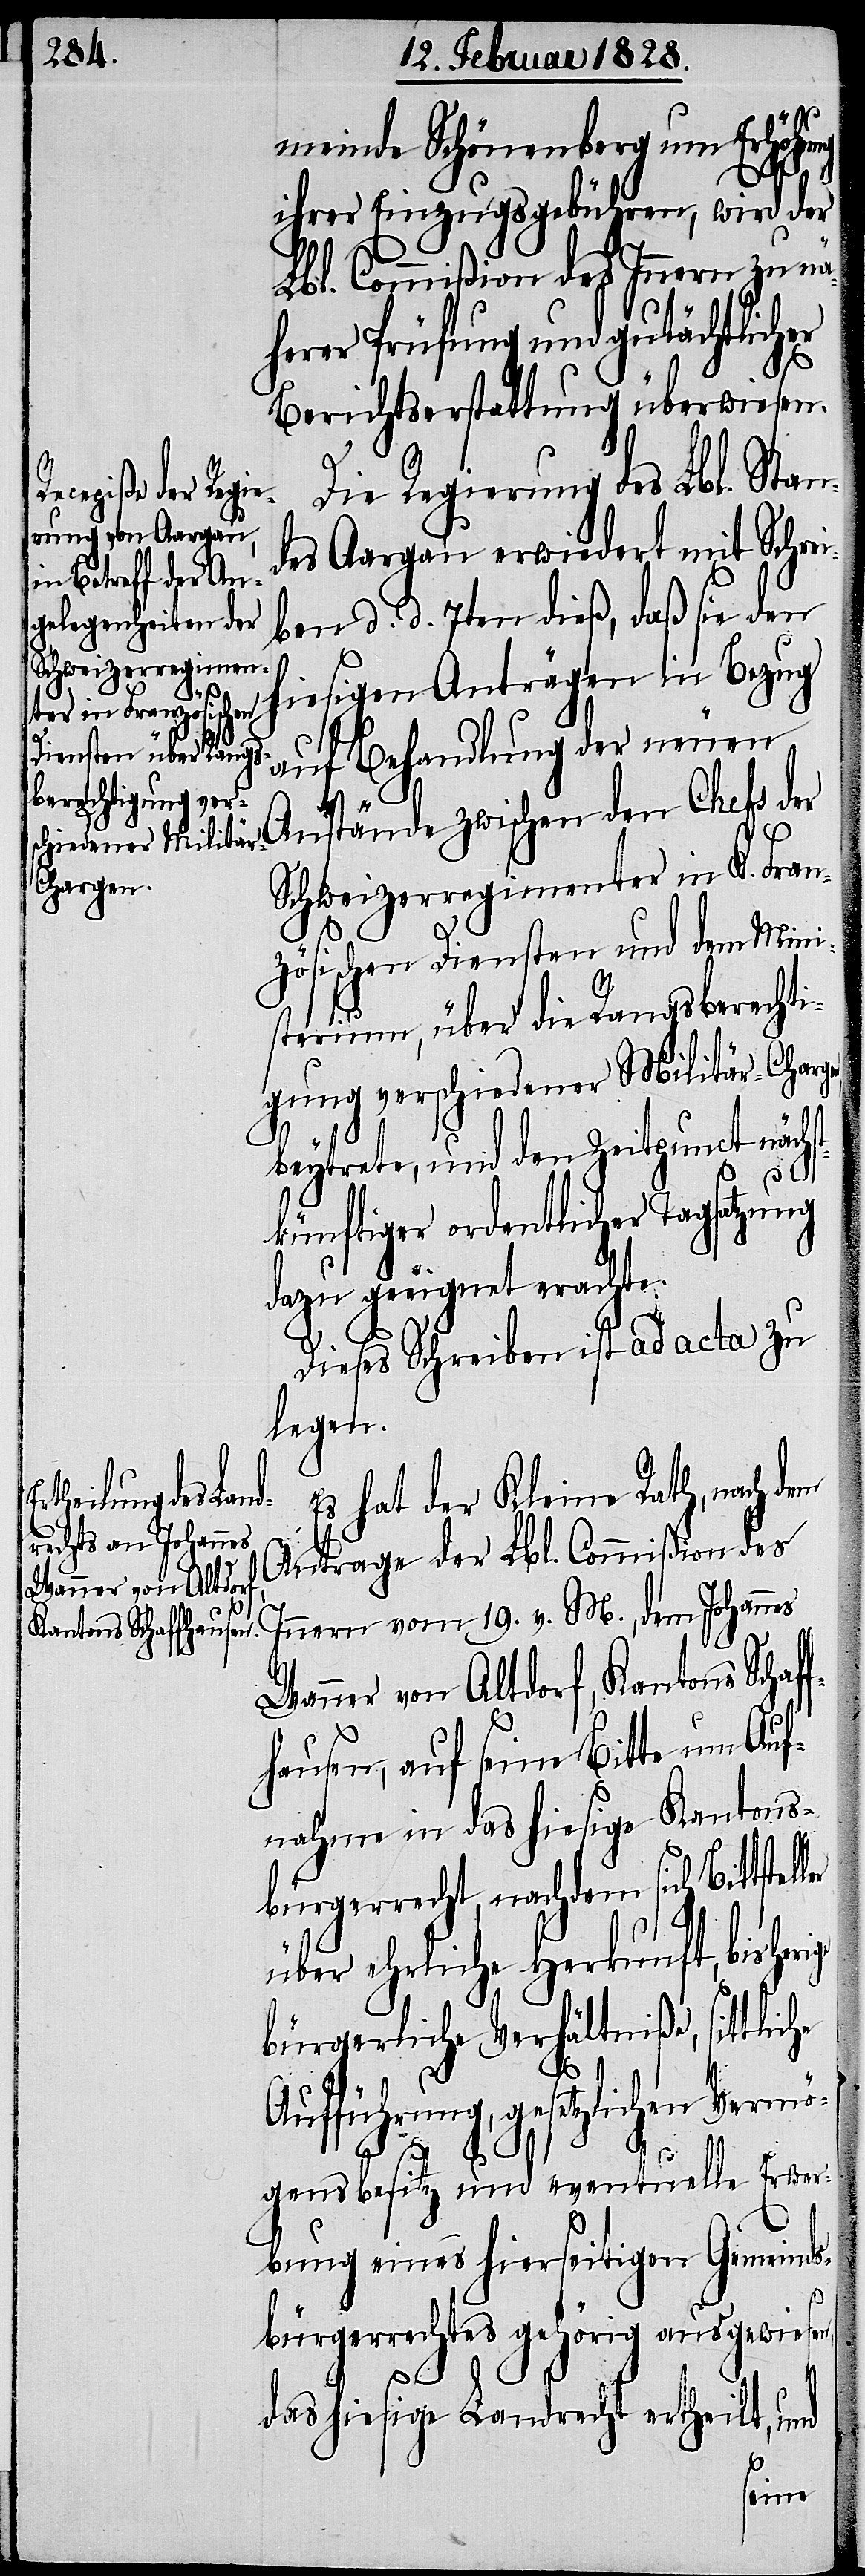
meinde Schönenberg um Erhöhung
ihrer Einzugsgebühren, wird der
Lbl. Commißion des Innern zu nä¬
herer Prüfung und gutächtlicher
Berichtserstattung überwiesen.
Die Regierung des Lbl. Stan¬
des Aargau erwiedert mit Schrei¬
ben d. d. 7. dieß, daß sie den
hiesigen Anträgen in Bezug
auf Behandlung der neuen
Anstände zwischen den Chefs der
Schweizerregimenter in K. Fran¬
zösischen Diensten und dem Mini¬
ige
sterium, über die Rangsberechti¬
gung verschiedener Militär-Charg¬
en
beytrete, und den Zeitpunct näc¬
tkünftiger ordentlicher Tagsatzung
dazu geeignet erachte.
Dieses Schreiben ist ad acta zu
legen.
Es hat der Kleine Rath, nach
Antrage der Lbl. Commißion des
Innern vom 19. v. M., dem Johannes
Wanner von Altdorf, Kantons Schaf¬
fhausen, auf seine Bitte um Auf¬
nahme in das hiesige Kantons¬
bürgerrecht, nachdem sich Bittstel¬
über ehrliche Herkunft, bisher¬
bürgerliche Verhältniße,
Vermö¬
Aufführung, gesetzlichen
Erwer¬
gensbesitz und eventuelle
bung eines hierseitigen Gemeinds¬
bürgerrechtes gehörig ausgewiesen,
das hiesige Landrecht ertheilt, und